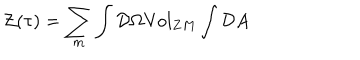
{ \cal { Z } } ( \tau { } ) = \sum _ { m } \int { \cal { D } } \Omega { \mathrm { V o l } } _ { Z M } \int { \cal { D } } A